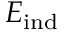
E _ { \mathrm { i n d } }